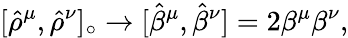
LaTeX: [{\hat{\rho}}^{\mu},{\hat{\rho}}^{\nu}]_{\circ}\rightarrow[{\hat{\beta}}^{\mu},{\hat{\beta}}^{\nu}]=2\beta^{\mu}\beta^{\nu},